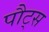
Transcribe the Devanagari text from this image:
पौट्स